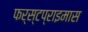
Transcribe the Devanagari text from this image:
फर्स्टप्राइमास